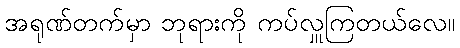
အရုဏ်တက်မှာ ဘုရားကို ကပ်လှူကြတယ်လေ။